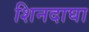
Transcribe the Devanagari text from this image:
शिनदाघा